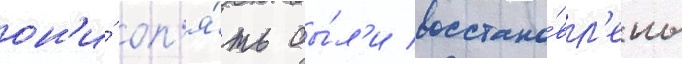
он'и́ оп'я́ть бы́л'и восстано́вл'ены